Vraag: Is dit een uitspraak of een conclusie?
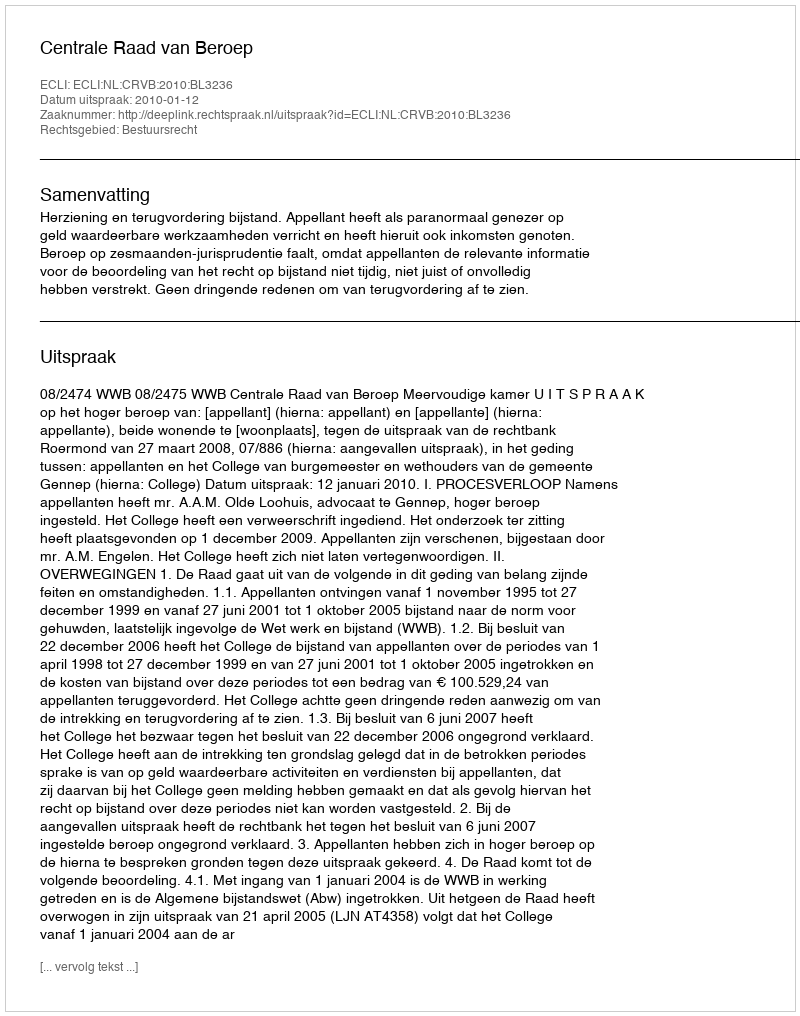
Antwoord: Uitspraak